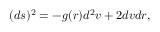
( d s ) ^ { 2 } = - g ( r ) d ^ { 2 } v + 2 d v d r ,